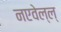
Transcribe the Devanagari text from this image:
नएवेल्ल्